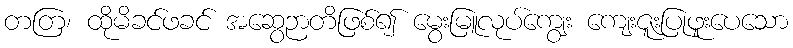
တတြ၊ ထိုမိခင်ဖခင် အဆွေဉာတိဖြစ်၍ မွေးမြူလုပ်ကျွေး ကျေးဇူးပြုဖူးပေသော